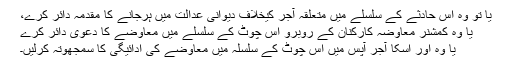
یا تو وہ اس حادثے کے سلسلے میں متعلقہ آجر کیخلاف دیوانی عدالت میں ہرجانے کا مقدمہ دائر کرے،
یا وہ کمشنر معاوضہ کارکنان کے روبرو اس چوٹ کے سلسلے میں معاوضے کا دعوٰی دائر کرے
یا وہ اور اسکا آجر آپس میں اس چوٹ کے سلسلہ میں معاوضے کی ادائیگی کا سمجھوتہ کرلیں۔